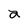
Character: a